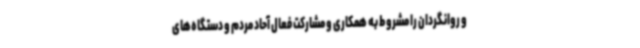
و روانگردان را مشروط به همکاری و مشارکت فعال آحاد مردم و دستگاه‌های